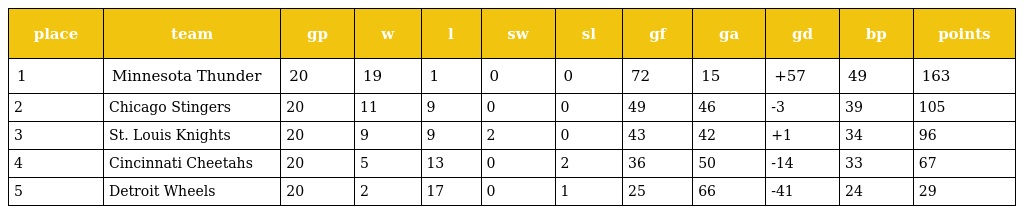
| place | team | gp | w | l | sw | sl | gf | ga | gd | bp | points |
 | --- | --- | --- | --- | --- | --- | --- | --- | --- | --- | --- | --- |
 | 1 | Minnesota Thunder | 20 | 19 | 1 | 0 | 0 | 72 | 15 | +57 | 49 | 163 |
 | 2 | Chicago Stingers | 20 | 11 | 9 | 0 | 0 | 49 | 46 | -3 | 39 | 105 |
 | 3 | St. Louis Knights | 20 | 9 | 9 | 2 | 0 | 43 | 42 | +1 | 34 | 96 |
 | 4 | Cincinnati Cheetahs | 20 | 5 | 13 | 0 | 2 | 36 | 50 | -14 | 33 | 67 |
 | 5 | Detroit Wheels | 20 | 2 | 17 | 0 | 1 | 25 | 66 | -41 | 24 | 29 |